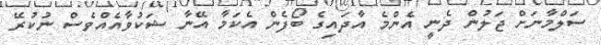
ސަލްމާނަށް ޖަލުން ދެނީ އެންމެ އާދައިގެ ބޯފެން އެކަމާ އޭނާ ޝަކުވާއެއްވެސް ނުކުރޭ